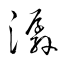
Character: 潺